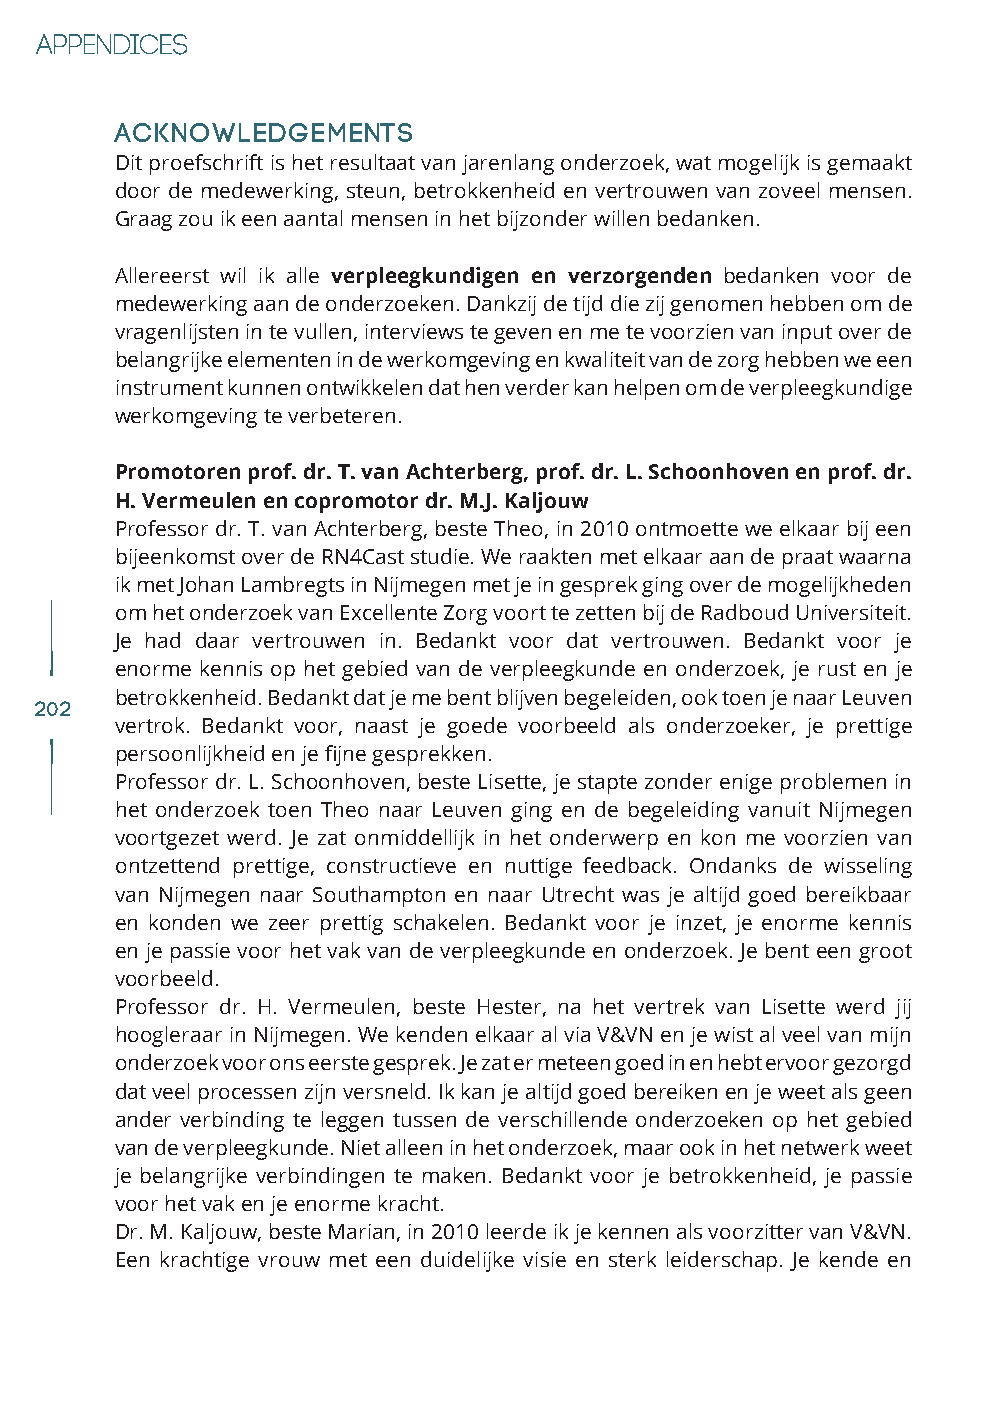
Acknowledgements
 Dit proefschrift is het resultaat van jarenlang onderzoek, wat mogelijk is gemaakt
 door de medewerking, steun, betrokkenheid en vertrouwen van zoveel mensen.
 Graag zou ik een aantal mensen in het bijzonder willen bedanken.
 Allereerst wil ik alle verpleegkundigen en verzorgenden bedanken voor de
 medewerking aan de onderzoeken. Dankzij de tijd die zij genomen hebben om de
 vragenlijsten in te vullen, interviews te geven en me te voorzien van input over de
 belangrijke elementen in de werkomgeving en kwaliteit van de zorg hebben we een
 instrument kunnen ontwikkelen dat hen verder kan helpen om de verpleegkundige
 werkomgeving te verbeteren.
 Promotoren prof. dr. T. van Achterberg, prof. dr. L. Schoonhoven en prof. dr.
 H. Vermeulen en copromotor dr. M.J. Kaljouw
 Professor dr. T. van Achterberg, beste Theo, in 2010 ontmoette we elkaar bij een
 bijeenkomst over de RN4Cast studie. We raakten met elkaar aan de praat waarna
 ik met Johan Lambregts in Nijmegen met je in gesprek ging over de mogelijkheden
 om het onderzoek van Excellente Zorg voort te zetten bij de Radboud Universiteit.
 Je had daar vertrouwen in. Bedankt voor dat vertrouwen. Bedankt voor je
 enorme kennis op het gebied van de verpleegkunde en onderzoek, je rust en je
 betrokkenheid. Bedankt dat je me bent blijven begeleiden, ook toen je naar Leuven
 202
 vertrok. Bedankt voor, naast je goede voorbeeld als onderzoeker, je prettige
 persoonlijkheid en je fijne gesprekken.
 Professor dr. L. Schoonhoven, beste Lisette, je stapte zonder enige problemen in
 het onderzoek toen Theo naar Leuven ging en de begeleiding vanuit Nijmegen
 voortgezet werd. Je zat onmiddellijk in het onderwerp en kon me voorzien van
 ontzettend prettige, constructieve en nuttige feedback. Ondanks de wisseling
 van Nijmegen naar Southampton en naar Utrecht was je altijd goed bereikbaar
 en konden we zeer prettig schakelen. Bedankt voor je inzet, je enorme kennis
 en je passie voor het vak van de verpleegkunde en onderzoek. Je bent een groot
 voorbeeld.
 Professor dr. H. Vermeulen, beste Hester, na het vertrek van Lisette werd jij
 hoogleraar in Nijmegen. We kenden elkaar al via V&VN en je wist al veel van mijn
 onderzoek voor ons eerste gesprek. Je zat er meteen goed in en hebt ervoor gezorgd
 dat veel processen zijn versneld. Ik kan je altijd goed bereiken en je weet als geen
 ander verbinding te leggen tussen de verschillende onderzoeken op het gebied
 van de verpleegkunde. Niet alleen in het onderzoek, maar ook in het netwerk weet
 je belangrijke verbindingen te maken. Bedankt voor je betrokkenheid, je passie
 voor het vak en je enorme kracht.
 Dr. M. Kaljouw, beste Marian, in 2010 leerde ik je kennen als voorzitter van V&VN.
 Een krachtige vrouw met een duidelijke visie en sterk leiderschap. Je kende en